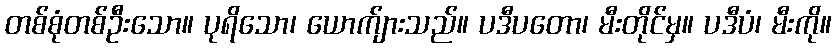
တစ်စုံတစ်ဦးသော။ ပုရိသော၊ ယောက်ျားသည်။ ပဒီပတော၊ မီးတိုင်မှ။ ပဒီပံ၊ မီးကို။